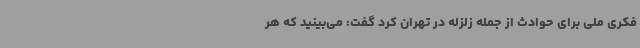
فکری ملی برای حوادث از جمله زلزله در تهران کرد گفت: می‌بینید که هر